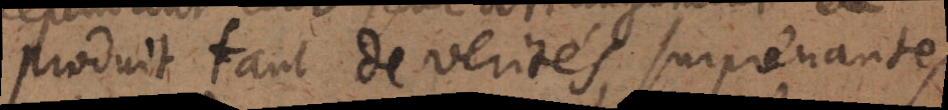
produit tant de verités surprenantes